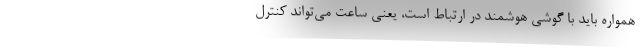
همواره باید با گوشی هوشمند در ارتباط است، یعنی ساعت می‌تواند کنترل